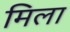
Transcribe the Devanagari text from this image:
मिला